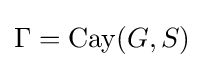
\Gamma =\operatorname {Cay} (G,S)